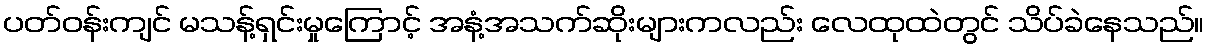
ပတ်ဝန်းကျင် မသန့်ရှင်းမှုကြောင့် အနံ့အသက်ဆိုးများကလည်း လေထုထဲတွင် သိပ်ခဲနေသည်။